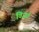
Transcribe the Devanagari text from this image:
विजर्ट